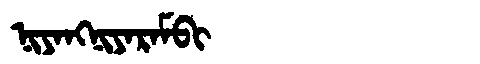
Manchu: ᠨᡳᠶᠠᠩᠨᡳᠶᠠᡵᠠᠮᠪᡳ
Romanization: NIYANGNIYARAMBI